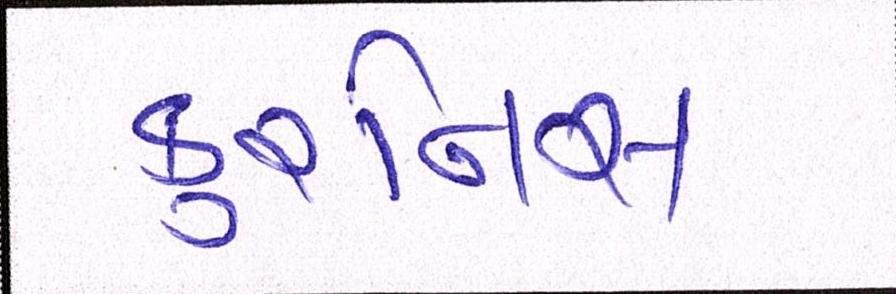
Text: કુરનિસ